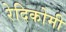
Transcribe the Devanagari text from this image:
रेदिकोमी